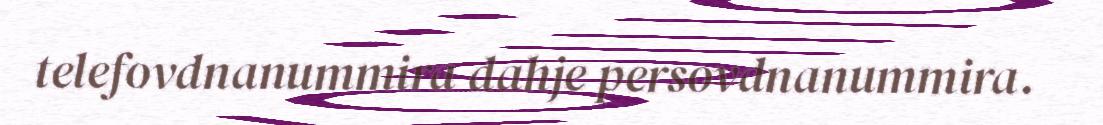
telefovdnanummira dahje persovdnanummira.